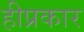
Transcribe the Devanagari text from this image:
हीप्रकार